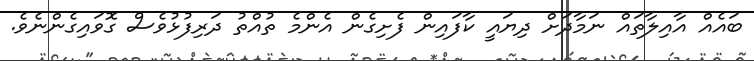
ބައެއް އާއިލާތައް ނަމާދަށް ދިޔައީ ކާފައިން ފެށިގެން އެންމެ ތުއްތު ދަރިފުޅުވެސް ގޮވައިގެންނެވެ.